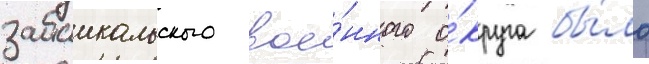
забаикальского вое́нного о́круга бы́ло